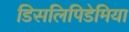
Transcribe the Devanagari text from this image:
डिसलिपिडेमिया